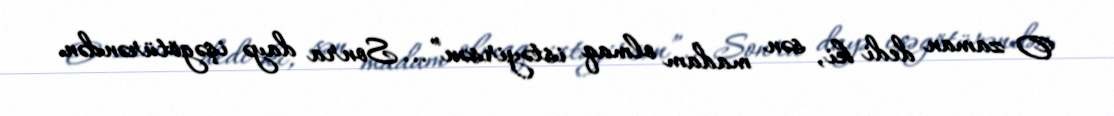
O zaman dedi ki, sən madam olmaq istəyirsən”... Sonra dayə işəgötürəndən